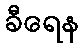
ခီရေန